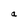
Character: a